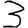
Digit: 3